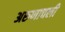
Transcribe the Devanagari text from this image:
अरुणाचली